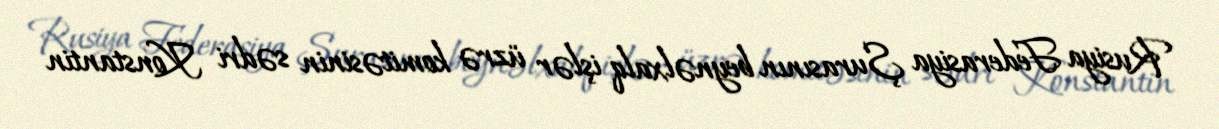
Rusiya Federasiya Şurasının beynəlxalq işlər üzrə komitəsinin sədri Konstantin